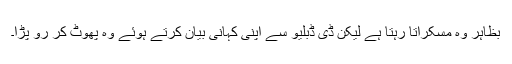
بظاہر وہ مسکراتا رہتا ہے لیکن ڈی ڈبلیو سے اپنی کہانی بیان کرتے ہوئے وہ پھوٹ کر رو پڑا۔